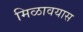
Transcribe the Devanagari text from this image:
मिळावयास